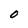
Character: 0